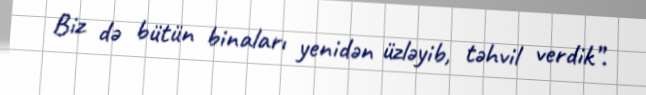
Biz də bütün binaları yenidən üzləyib, təhvil verdik”.